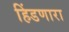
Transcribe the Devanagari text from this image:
हिंडणारा